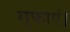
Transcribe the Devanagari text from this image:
गुफाएं।